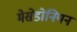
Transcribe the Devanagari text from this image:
मेसेडोनियन